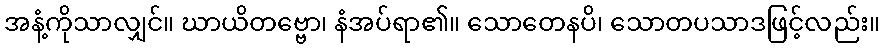
အနံ့ကိုသာလျှင်။ ဃာယိတဗ္ဗော၊ နံအပ်ရာ၏။ သောတေနပိ၊ သောတပသာဒဖြင့်လည်း။